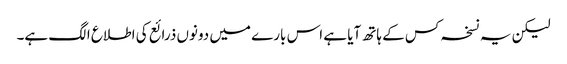
لیکن یہ نسخہ کس کے ہاتھ آیا ہے اس بارے میں دونوں ذرائع کی اطلاع الگ ہے۔